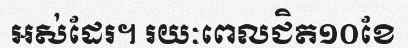
អស់ដែរ។ រយៈពេលជិត១០ខែ